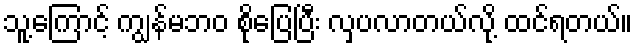
သူ့ကြောင့် ကျွန်မဘဝ စိုပြေပြီး လှပလာတယ်လို့ ထင်ရတယ်။